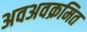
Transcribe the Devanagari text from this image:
अवअवक्रमित